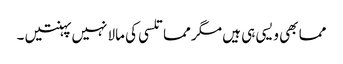
مما بھی ویسی ہی ہیں مگر مما تلسی کی مالا نہیں پہنتیں ۔